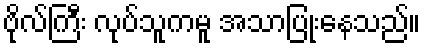
ဗိုလ်ကြီး လုပ်သူကမူ အသာပြုံးနေသည်။